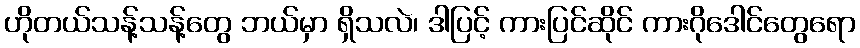
ဟိုတယ်သန့်သန့်တွေ ဘယ်မှာ ရှိသလဲ၊ ဒါပြင့် ကားပြင်ဆိုင် ကားဂိုဒေါင်တွေရော